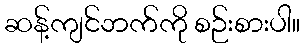
ဆန့်ကျင်ဘက်ကို စဉ်းစားပါ။